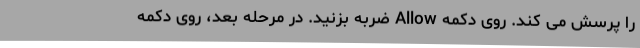
را پرسش می کند. روی دکمه Allow ضربه بزنید. در مرحله بعد، روی دکمه